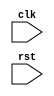
module timing_control (
    input wire clk,
    input wire rst,
    // Add input/output ports for external devices or networks
    
    // Add input/output ports for error detection/correction
    
    // Add any other necessary input/output ports
    
    // Add internal signals and registers
    
    // Add timing control and synchronization logic here
);

    always @(posedge clk or negedge rst) begin
        if (!rst) begin
            // Reset logic for synchronization blocks
        end else begin
            // Timing control logic to generate and distribute clock signals
            // Synchronization logic to ensure correct timing for operations
            // External timing requirements handling
            
            // Error detection/correction logic
            
            // Timing parameter adjustment mechanisms
        end
    end

endmodule